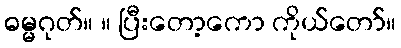
ဓမ္မဂုတ်။ ။ ပြီးတော့ကော ကိုယ်တော်။